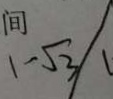
1 - \sqrt { 3 }